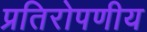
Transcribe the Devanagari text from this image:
प्रतिरोपणीय